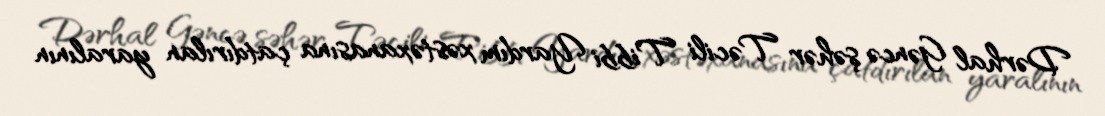
Dərhal Gəncə şəhər Təcili Tibbi Yardım xəstəxanasına çatdırılan yaralının